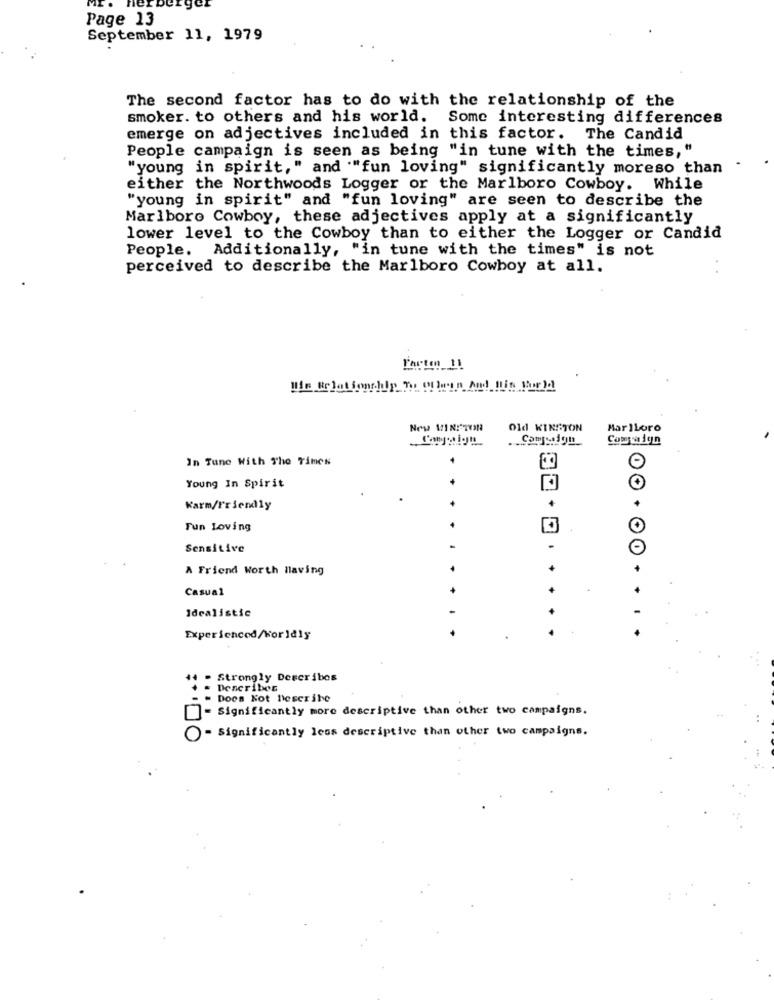
Page 13
September 11, 1979
The second factor has to do with the relationship of the
smoker. to others and his world.
Some interesting differences
emerge on adjectives included in this factor. The Candid
People campaign is seen as being "in tune with the times,"
"young in spirit," and ""fun loving" significantly moreso than
either the Northwoods Logger or the Marlboro Cowboy. While
"young in spirit" and "fun loving" are seen to describe the
Marlboro Cowboy, these adjectives apply at a significantly
lower level to the Cowboy than to either the Logger or Candid
People. Additionally, "in tune with the times" is not
perceived to describe the Marlboro Cowboy at all.
Parton 11
Wie Belot Sonchip 7 Of lenin And Itis thor)d
Old KINSTON
Marlboro
In Tune With The Times
Young In Spirit
Karm/Friendly
+
Fun Loving
Sensitive
-
A Friend Worth Having
Casual
Idealistic
Experienced/Worldly
- Strongly Describes
Describes
= Does Not Describe
= Significantly more descriptive than other two campaigns.
- Significantly less descriptive than other two campaigns.